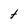
Character: t